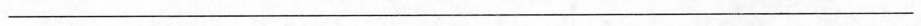
___